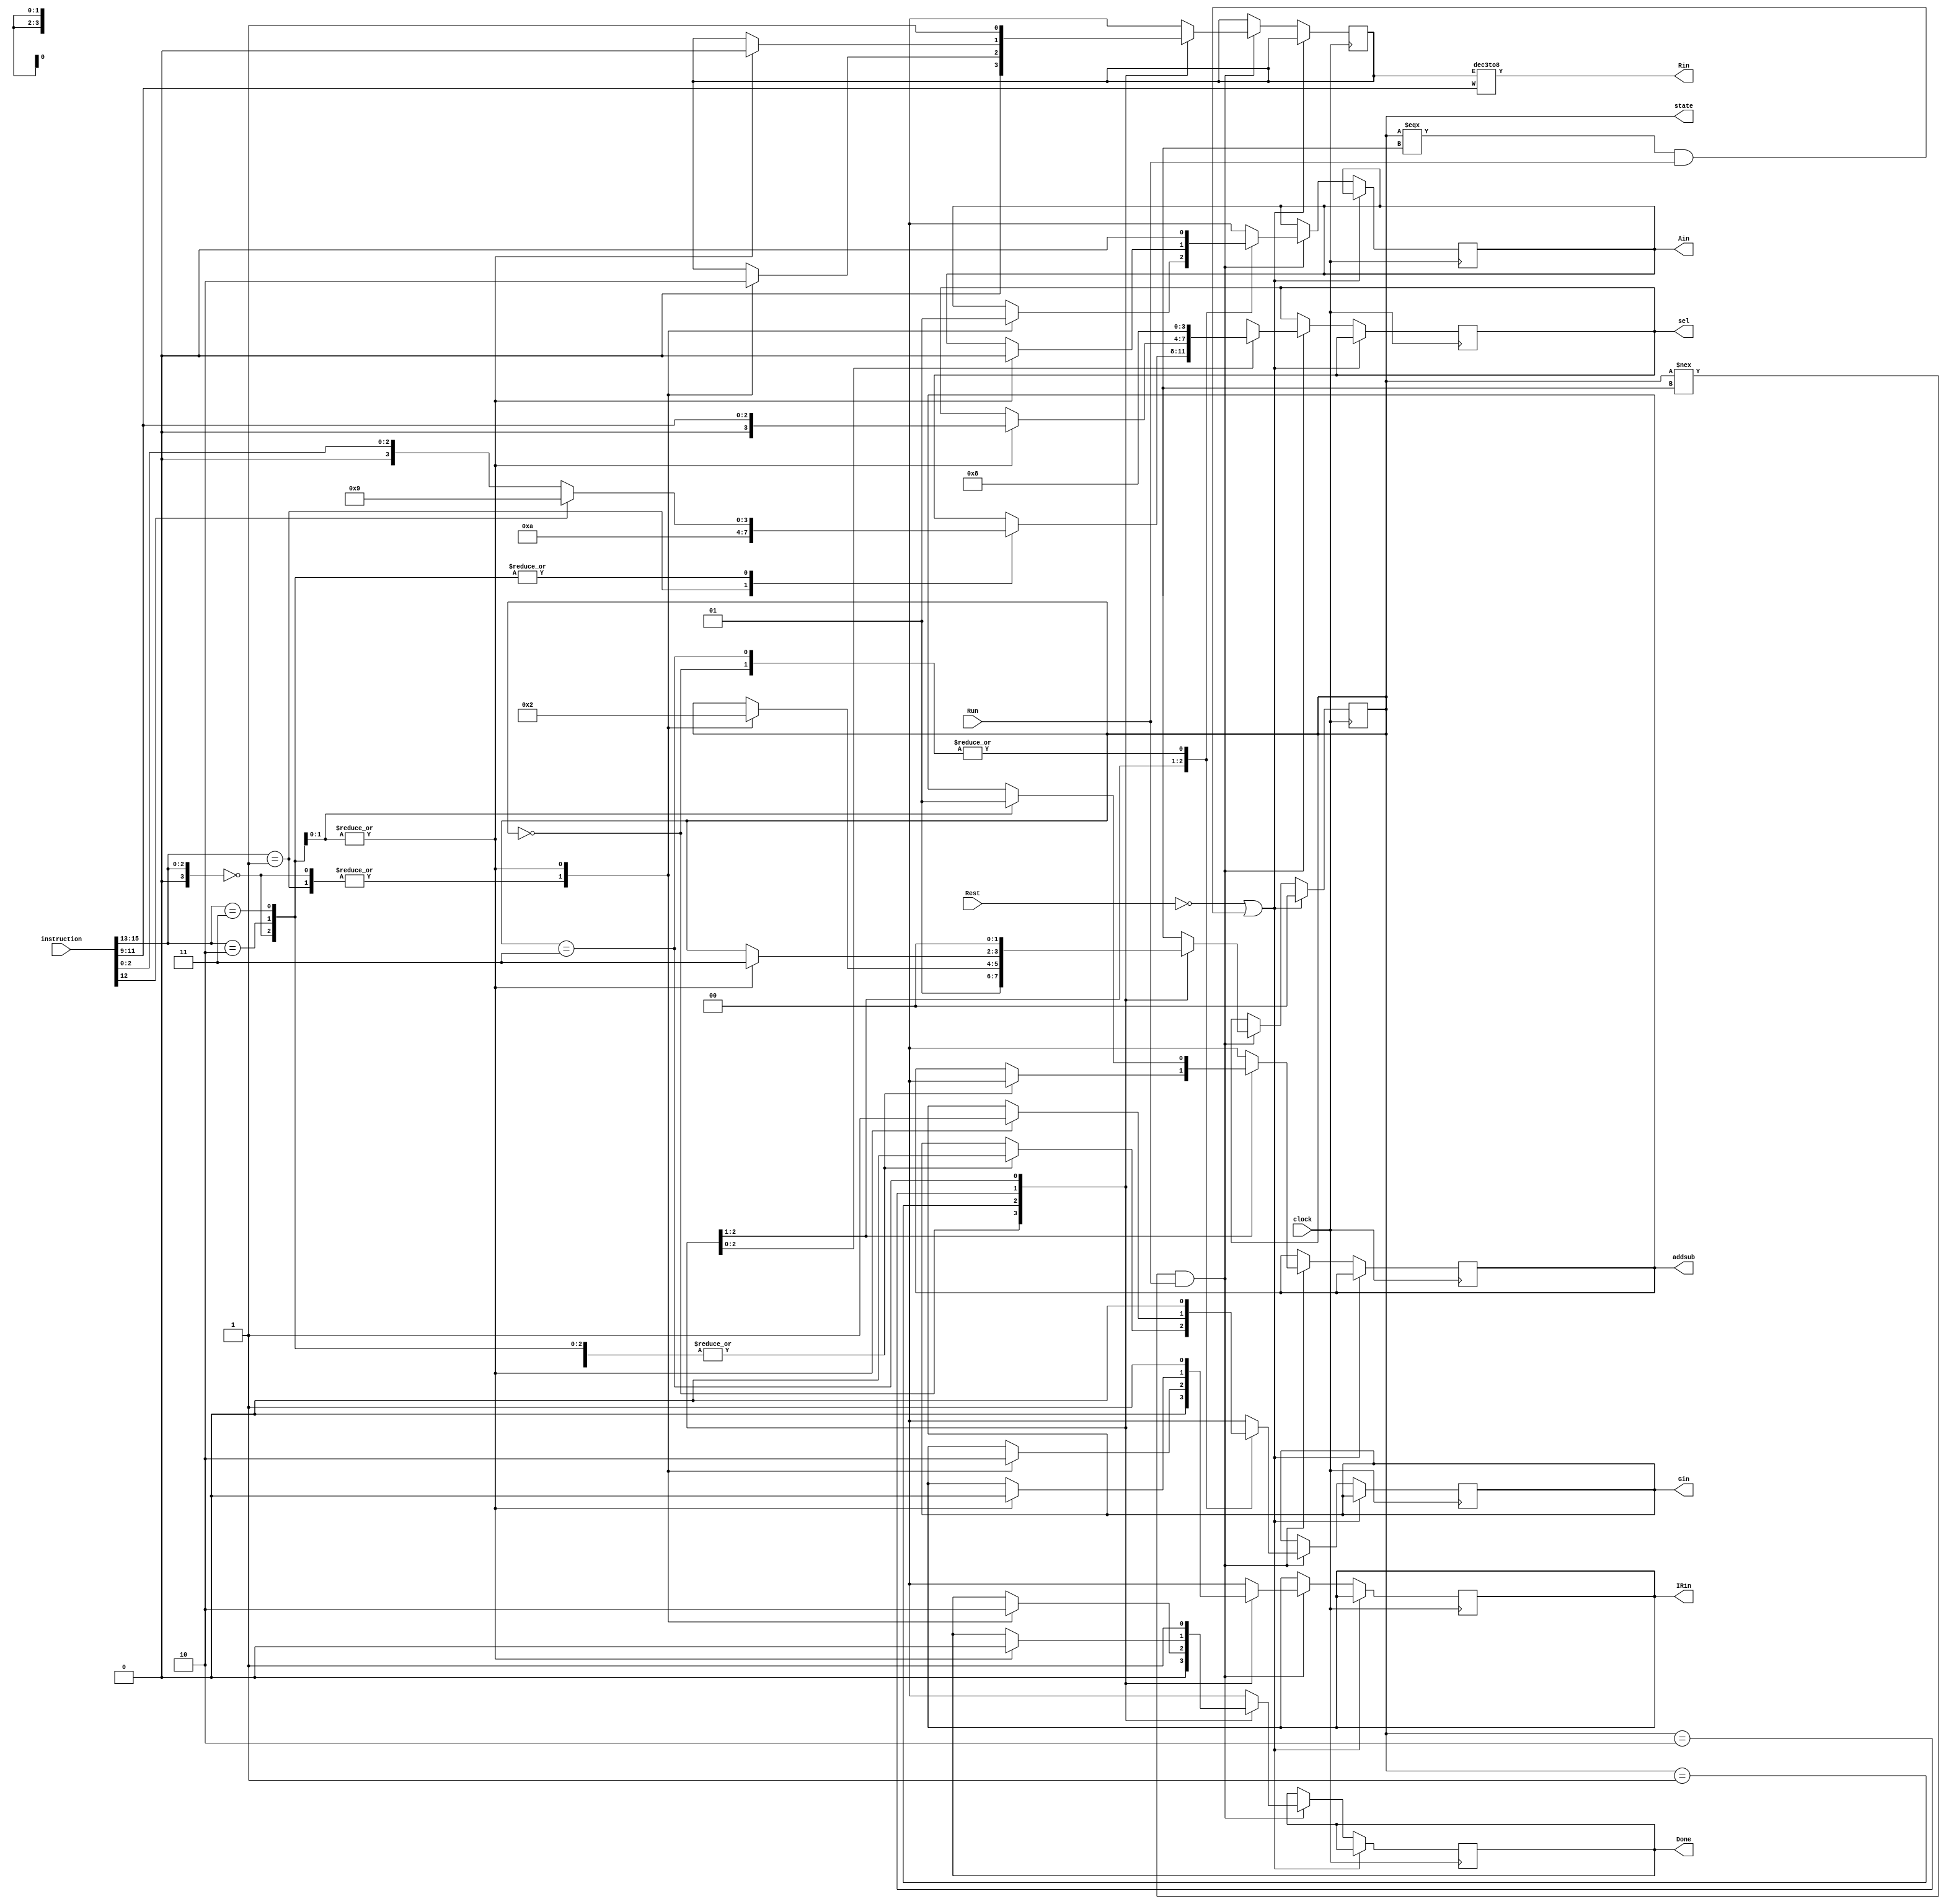
module control(instruction,clock,Run,Rest,Done,Gin,addsub,Ain,sel,IRin,state,Rin);
	input clock,Run,Rest;
	input [15:0]instruction;
	output reg [3:0]sel;
	output  reg IRin,addsub,Gin,Ain,Done;
	output [7:0]Rin;
	output reg [1:0]state;
	reg Erx;
	wire [3:0]opcode;
	wire [2:0]rx_addr,ry_addr;
	wire immorreg;
	wire [8:0]imm;
	
	
	initial
	begin 
	IRin=1;
	end
	
	
	
	
	assign opcode=instruction[15:13];
	assign immorreg=instruction[12];
	assign rx_addr=instruction[11:9];
	assign ry_addr=instruction[2:0];
	assign imm=instruction[8:0];
	
	
	parameter T0=2'b00,T1=2'b01,T2=2'b10,T3=2'b11;
	
	dec3to8 n(Erx, rx_addr ,Rin );
	

			
	
	 
	
	
	always@(posedge clock )
	begin
	if (!Rest|(state===2'bx)&(Run==1'b1))
	begin
	state=T0;
	end 

	else if ((state!==2'bx)&(Run==1'b1))

	
	
	begin
		case(state)
		T0:
		begin
		sel=4'bx;
		IRin=0;
		addsub=1'bx;
		Gin=0;
		Ain=0;
		Erx=0;
		Done=0;
		state=T1;
		
		end
		
		T1:
		begin
		case(opcode)
		3'b000:
		
		begin
		if (immorreg)
		begin
			sel=4'd9;
		IRin=1;
		addsub=1'bx;
		Gin=0;
		Ain=0;
		Erx=1;
		Done=1;
		state=T0;
		
		
		end
		
		else
		begin
		sel={1'b0,ry_addr};
		IRin=1;
		addsub=1'bx;
		Gin=0;
		Ain=0;
		Erx=1;
		Done=1;
		state=T0;
		end
		
		
		
		end
		3'b001:
		begin
		sel=4'd10;
		IRin=1;
		addsub=1'bx;
		Gin=0;
		Ain=0;
		Erx=1;
		Done=1;
		state=T0;
		
		end
		3'b010:
		begin
		if (immorreg)
		begin
			sel=4'd9;
		IRin=0;
		addsub=1'bx;
		Gin=0;
		Ain=1;
		Erx=0;
		Done=0;
		state=T2;
		end
		
		else
		begin
			sel={1'b0,ry_addr};
		IRin=0;
		addsub=1'bx;
		Gin=0;
		Ain=1;
		Erx=0;
		Done=0;
		state=T2;

		end
		end
		3'b011:
		begin
		if (immorreg)
		begin
			sel=4'd9;
		IRin=0;
		addsub=1'bx;
		Gin=0;
		Ain=1;
		Erx=0;
		Done=0;
		state=T2;
		end
		
		else
		begin
			sel={1'b0,ry_addr};
		IRin=0;
		addsub=1'bx;
		Gin=0;
		Ain=1;
		Erx=0;
		Done=0;
		state=T2;

		end
		end
		
		endcase
		end
		T2:
		
		begin
		case(opcode)
		3'b010:
		begin
		if (immorreg)
		begin
			sel={1'b0,rx_addr};
		IRin=0;
		addsub=1'b0;
		Gin=1;
		Ain=0;
		Erx=0;
		Done=0;
		state=T3;
		end
		
		else
		begin
			sel={1'b0,rx_addr};
		IRin=0;
		addsub=1'b0;
		Gin=1;
		Ain=0;
		Erx=0;
		Done=0;
		state=T3;
		end
		end
		3'b011:
		begin
		if (immorreg)
		begin
			sel={1'b0,rx_addr};
		IRin=0;
		addsub=1'b1;
		Gin=1;
		Ain=0;
		Erx=0;
		Done=0;
		state=T3;
		end
		
		else
		begin
			sel={1'b0,rx_addr};
		IRin=0;
		addsub=1'b1;
		Gin=1;
		Ain=0;
		Erx=0;
		Done=0;
		state=T3;
		end
		
		end
		
		
		endcase
		end
		T3:
		
		begin
		sel=4'd8;
		IRin=1;
		addsub=1'bx;
		Gin=0;
		Ain=0;
		Erx=1;
		Done=1;
		state=T0;
		
		
		
		
		end
		endcase
	end 
	end
	
	
endmodule



module dec3to8(E, W, Y);
    input E; // enable
    input [2:0] W;
    output [0:7] Y;
    reg [0:7] Y;
   
    always @(*)
        if (E == 0)
            Y = 8'b00000000;
        else
            case (W)
                3'b000: Y = 8'b10000000;
                3'b001: Y = 8'b01000000;
                3'b010: Y = 8'b00100000;
                3'b011: Y = 8'b00010000;
                3'b100: Y = 8'b00001000;
                3'b101: Y = 8'b00000100;
                3'b110: Y = 8'b00000010;
                3'b111: Y = 8'b00000001;
            endcase
endmodule